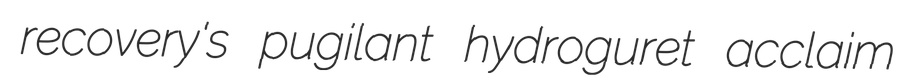
recovery's pugilant hydroguret acclaim